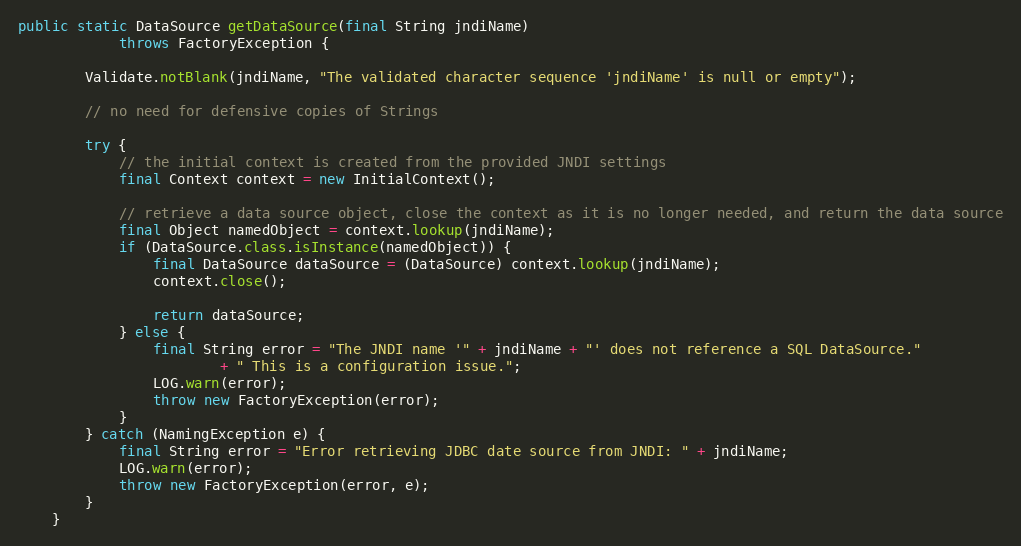
Language: Java
public static DataSource getDataSource(final String jndiName)
            throws FactoryException {

        Validate.notBlank(jndiName, "The validated character sequence 'jndiName' is null or empty");

        // no need for defensive copies of Strings

        try {
            // the initial context is created from the provided JNDI settings
            final Context context = new InitialContext();

            // retrieve a data source object, close the context as it is no longer needed, and return the data source
            final Object namedObject = context.lookup(jndiName);
            if (DataSource.class.isInstance(namedObject)) {
                final DataSource dataSource = (DataSource) context.lookup(jndiName);
                context.close();

                return dataSource;
            } else {
                final String error = "The JNDI name '" + jndiName + "' does not reference a SQL DataSource."
                        + " This is a configuration issue.";
                LOG.warn(error);
                throw new FactoryException(error);
            }
        } catch (NamingException e) {
            final String error = "Error retrieving JDBC date source from JNDI: " + jndiName;
            LOG.warn(error);
            throw new FactoryException(error, e);
        }
    }